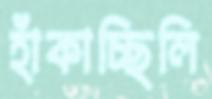
হাঁকাচ্ছিলি